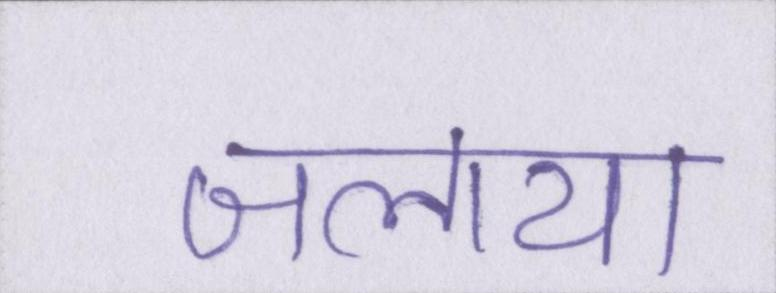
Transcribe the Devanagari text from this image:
जलाया